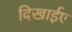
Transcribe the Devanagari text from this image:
दिखाईए